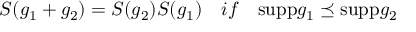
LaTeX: S ( g _ { 1 } + g _ { 2 } ) = S ( g _ { 2 } ) S ( g _ { 1 } ) \quad i f \quad \mathrm { s u p p } g _ { 1 } \preceq \mathrm { s u p p } g _ { 2 }